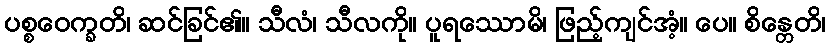
ပစ္စဝေက္ခတိ၊ ဆင်ခြင်၏။ သီလံ၊ သီလကို။ ပူရဿောမိ၊ ဖြည့်ကျင်အံ့။ ပေ။ စိန္တေတိ၊